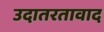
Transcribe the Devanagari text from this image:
उदातरतावाद